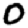
Digit: 0